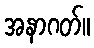
အနာဂတ်။